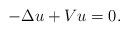
LaTeX: \begin{align*} -\Delta u + V u = 0.\end{align*}